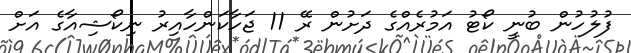
ފުލުހުން ބުނީ ކޯޓު އަމުރެއްގެ ދަށުން ރޭ 11 ޖަހާކަންހާއިރު ނިކޯޝިއާގެ އަށް